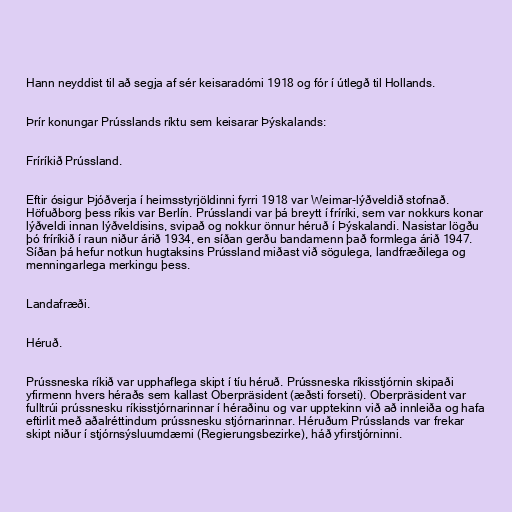
Hann neyddist til að segja af sér keisaradómi 1918 og fór í útlegð til Hollands.

Þrír konungar Prússlands ríktu sem keisarar Þýskalands:

Fríríkið Prússland.

Eftir ósigur Þjóðverja í heimsstyrjöldinni fyrri 1918 var Weimar-lýðveldið stofnað.
Höfuðborg þess ríkis var Berlín. Prússlandi var þá breytt í fríríki, sem var nokkurs konar
lýðveldi innan lýðveldisins, svipað og nokkur önnur héruð í Þýskalandi. Nasistar lögðu
þó fríríkið í raun niður árið 1934, en síðan gerðu bandamenn það formlega árið 1947.
Síðan þá hefur notkun hugtaksins Prússland miðast við sögulega, landfræðilega og
menningarlega merkingu þess.

Landafræði.

Héruð.

Prússneska ríkið var upphaflega skipt í tíu héruð. Prússneska ríkisstjórnin skipaði
yfirmenn hvers héraðs sem kallast Oberpräsident (æðsti forseti). Oberpräsident var
fulltrúi prússnesku ríkisstjórnarinnar í héraðinu og var upptekinn við að innleiða og hafa
eftirlit með aðalréttindum prússnesku stjórnarinnar. Héruðum Prússlands var frekar
skipt niður í stjórnsýsluumdæmi (Regierungsbezirke), háð yfirstjórninni.